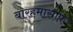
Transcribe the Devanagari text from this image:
बारहमासाफ़